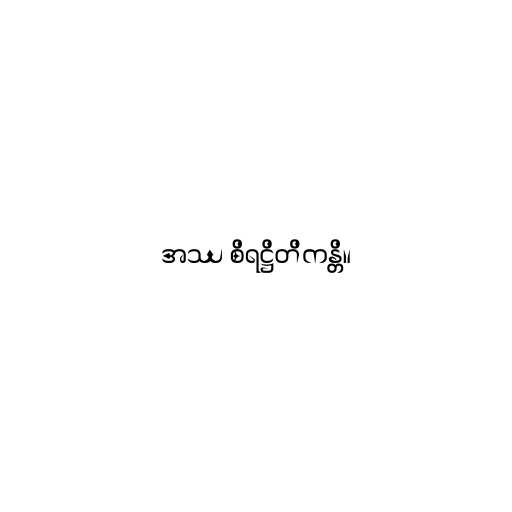
အဿ စိရဋ္ဌိတိကန္တိ။